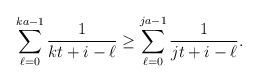
LaTeX: \begin{align*} \sum_{\ell=0}^{ka-1} \frac{1}{kt+i-\ell} \geq \sum_{\ell=0}^{ja-1} \frac{1}{jt+i-\ell}.\end{align*}